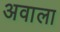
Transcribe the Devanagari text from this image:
अवाला